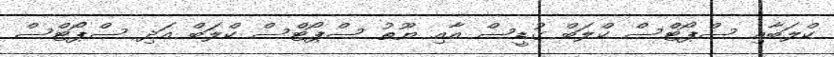
ކްލަބާއި ސްޕޯޓްސް ކްލަބް ގުޑީސް އާއި ޔޫތު ސްޕޯޓްސް ކްލަބް އަދި ސްޕޯޓްސް